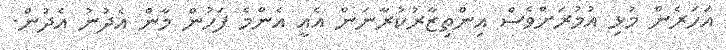
އަހަރެން މުޅި އުމުރަށްވެސް އިންތިޒާރުކުރާނަން އެއީ އެންމެ ފަހުން މާން އެދުނު އެދުން.